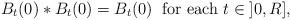
LaTeX: \begin{align*}B_t(0)*B_t(0)=B_t(0)\;\;\mbox{for each $t\in \;]0,R]$,}\end{align*}